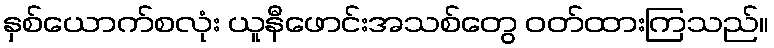
နှစ်ယောက်စလုံး ယူနီဖောင်းအသစ်တွေ ဝတ်ထားကြသည်။